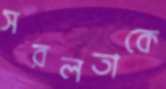
সরলতাকে